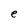
Character: e